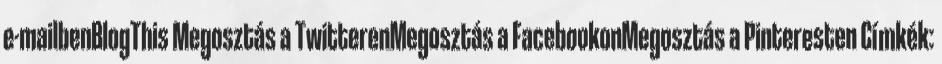
e-mailbenBlogThis Megosztás a TwitterenMegosztás a FacebookonMegosztás a Pinteresten Címkék: